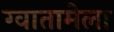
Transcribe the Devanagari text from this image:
ग्वातामेला